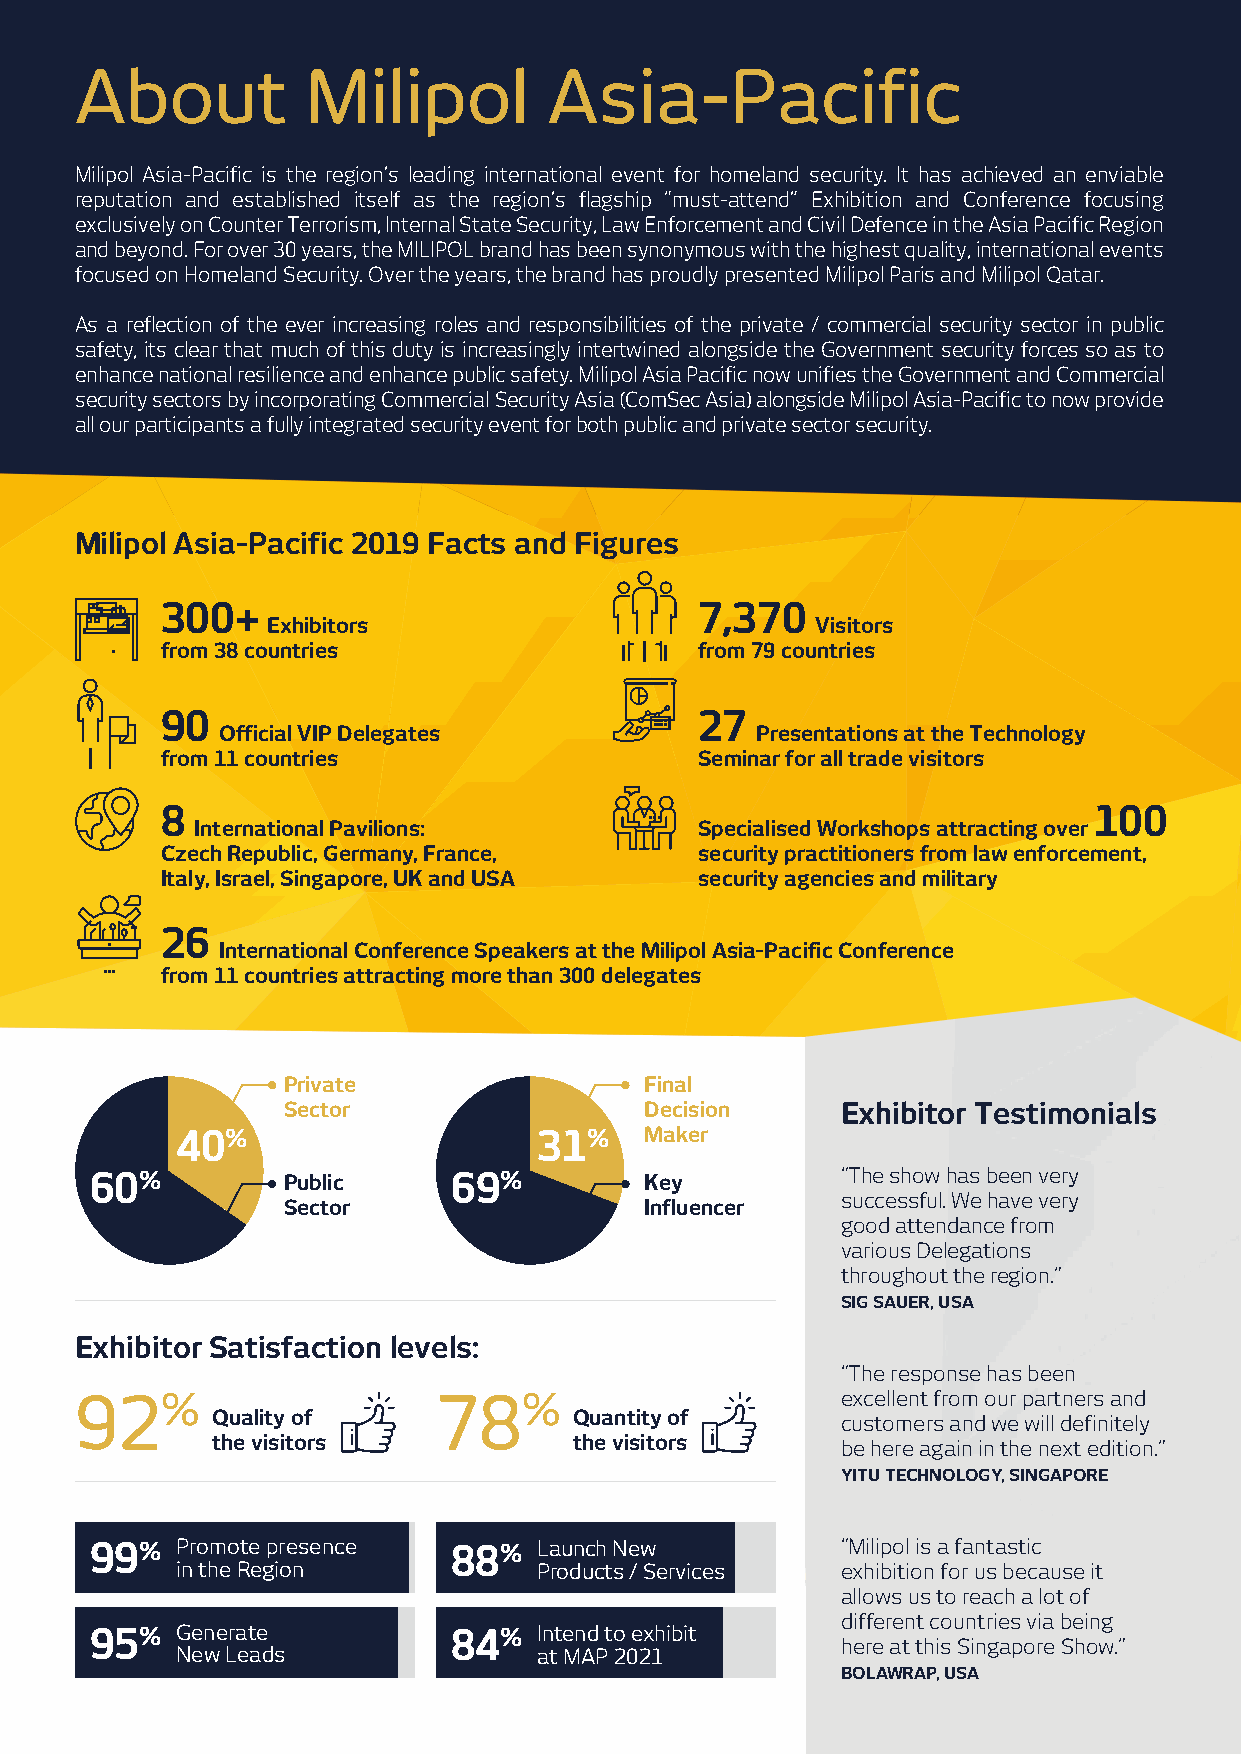
About          Milipol         Asia-Pacific
 Milipol Asia-Pacific is the region’s leading international event for homeland security. It has achieved an enviable
 reputation and established itself as the region’s flagship “must-attend” Exhibition and Conference focusing
 exclusively on Counter Terrorism, Internal State Security, Law Enforcement and Civil Defence in the Asia Pacific Region
 and beyond. For over 30 years, the MILIPOL brand has been synonymous with the highest quality, international events
 focused on Homeland Security. Over the years, the brand has proudly presented Milipol Paris and Milipol Qatar.
 As a reflection of the ever increasing roles and responsibilities of the private / commercial security sector in public
 safety, its clear that much of this duty is increasingly intertwined alongside the Government security forces so as to
 enhance national resilience and enhance public safety. Milipol Asia Pacific now unifies the Government and Commercial
 security sectors by incorporating Commercial Security Asia (ComSec Asia) alongside Milipol Asia-Pacific to now provide
 all our participants a fully integrated security event for both public and private sector security.
 Milipol Asia-Pacific 2019 Facts and Figures
 300+                               7,370
 Exhibitors                          Visitors
 from 38 countries                  from 79 countries
 90                                 27
 Official VIP Delegates              Presentations at the Technology
 from 11 countries                  Seminar for all trade visitors
 8                                                            100
 International Pavilions:         Specialised Workshops attracting over
 Czech Republic, Germany, France,   security practitioners from law enforcement,
 Italy, Israel, Singapore, UK and USA security agencies and military
 26
 International Conference Speakers at the Milipol Asia-Pacific Conference
 from 11 countries attracting more than 300 delegates
 Private                 Final
 Sector                  Decision     Exhibitor Testimonials
 40%                     31%    Maker
 60%          Public     69%          Key          “The show has been very
 successful. We have very
 Sector                  Influencer
 good attendance from
 various Delegations
 throughout the region.”
 SIG SAUER, USA
 Exhibitor Satisfaction levels:
 “The response has been
 92%                     78%                        excellent from our partners and
 Quality of              Quantity of
 customers and we will definitely
 the visitors            the visitors
 be here again in the next edition.”
 YITU TECHNOLOGY, SINGAPORE
 99%   Promote presence  88%   Launch New          “Milipol is a fantastic
 in the Region           Products / Services exhibition for us because it
 allows us to reach a lot of
 different countries via being
 95%   Generate          84%   Intend to exhibit
 here at this Singapore Show.”
 New Leads               at MAP 2021
 BOLAWRAP, USA